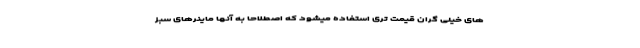
های خیلی گران قیمت تری استفاده میشود که اصطلاحا به آنها ماینرهای سبز